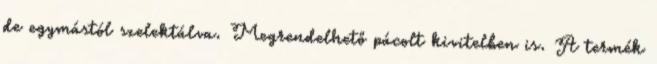
de egymástól szelektálva. Megrendelhető pácolt kivitelben is. A termék